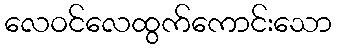
လေဝင်လေထွက်ကောင်းသော